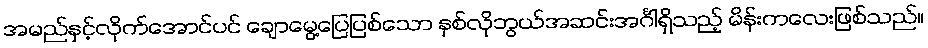
အမည်နှင့်လိုက်အောင်ပင် ချောမွေ့ပြေပြစ်သော နှစ်လိုဘွယ်အဆင်းအင်္ဂါရှိသည့် မိန်းကလေးဖြစ်သည်။